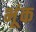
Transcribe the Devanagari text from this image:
भूंक